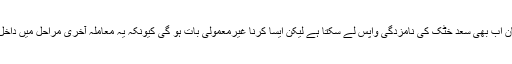
اگرچہ پاکستان اب بھی سعد خٹک کی نامزدگی واپس لے سکتا ہے لیکن ایسا کرنا غیرمعمولی بات ہو گی کیونکہ یہ معاملہ آخری مراحل میں داخل ہو چکا ہے۔